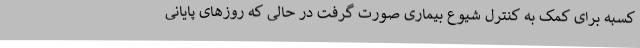
کسبه برای کمک به کنترل شیوع بیماری صورت گرفت در حالی که روزهای پایانی